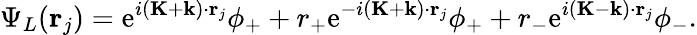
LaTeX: \Psi_{L}(\mathbf{r}_{j})=\mathrm{e}^{i(\mathbf{K}+\mathbf{k})\cdot\mathbf{r}_{j}}\phi_{+}+r_{+}\mathrm{e}^{-i(\mathbf{K}+\mathbf{k})\cdot\mathbf{r}_{j}}\phi_{+}+r_{-}\mathrm{e}^{i(\mathbf{K}-\mathbf{k})\cdot\mathbf{r}_{j}}\phi_{-}.